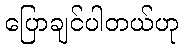
ပြောချင်ပါတယ်ဟု